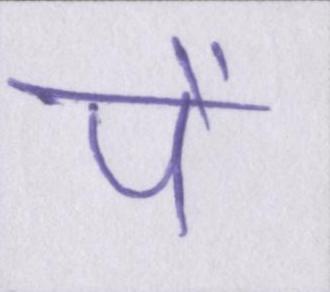
पे